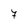
Character: 7